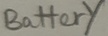
Text: Battery